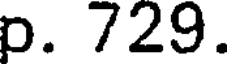
p. 729.